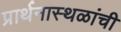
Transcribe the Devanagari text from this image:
प्रार्थनास्थळांची